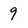
Character: 9